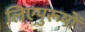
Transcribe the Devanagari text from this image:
लिएपुरूषों